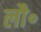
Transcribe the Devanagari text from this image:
लौ॰